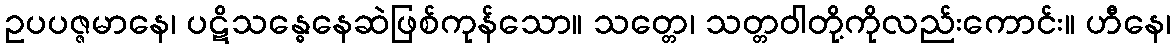
ဥပပဇ္ဇမာနေ၊ ပဋိသန္ဓေနေဆဲဖြစ်ကုန်သော။ သတ္တေ၊ သတ္တဝါတို့ကိုလည်းကောင်း။ ဟီနေ၊